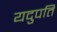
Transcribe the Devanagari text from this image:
यदुपति